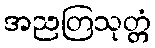
အညတြသုတ္တံ